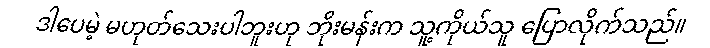
ဒါပေမဲ့ မဟုတ်သေးပါဘူးဟု ဘိုးမန်းက သူ့ကိုယ်သူ ပြောလိုက်သည်။